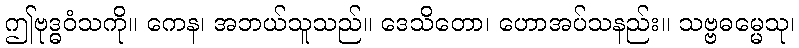
ဤဗုဒ္ဓဝံသကို။ ကေန၊ အဘယ်သူသည်။ ဒေသိတော၊ ဟောအပ်သနည်း။ သဗ္ဗဓမ္မေသု၊